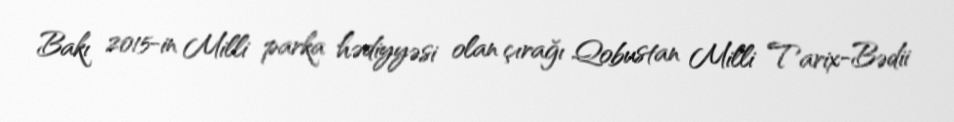
Bakı 2015-in Milli parka hədiyyəsi olan çırağı Qobustan Milli Tarix-Bədii